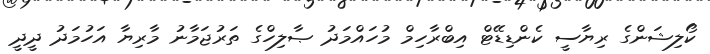
ކޯލިޝަންގެ ރިޔާސީ ކެންޑިޑޭޓް އިބްރާހިމް މުހައްމަދު ޞާލިހްގެ ތަރުޖަމާނު މާރިޔާ އަހުމަދު ދީދީ